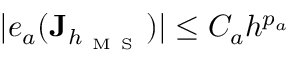
| e _ { a } ( \mathbf { J } _ { h _ { \mathrm { ~ M ~ S ~ } } } ) | \le C _ { a } h ^ { p _ { a } }